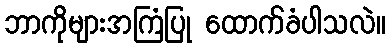
ဘာကိုများအကြံပြု ထောက်ခံပါသလဲ။